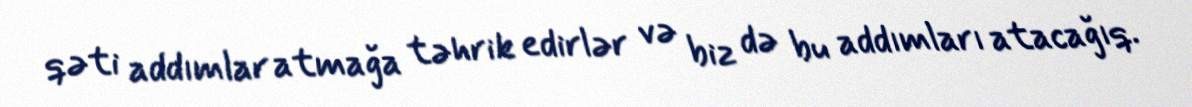
qəti addımlar atmağa təhrik edirlər və biz də bu addımları atacağıq.